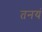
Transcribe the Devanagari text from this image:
तनयं